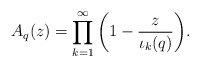
\begin{align*}A_{q}(z)=\prod_{k=1}^{\infty}\left(1-\frac{z}{\iota_{k}(q)}\right)\!.\end{align*}